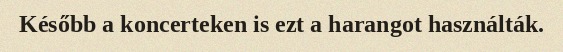
Később a koncerteken is ezt a harangot használták.